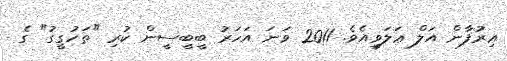
ޢިރުފާން އަލް ޢަލަވީއެވެ. 2011 ވަނަ އަހަރު ބީބީސީން ކުރި "ތަހުގީގު" ގެ